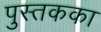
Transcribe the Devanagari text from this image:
पुस्तकका